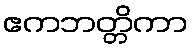
ဧကဘတ္တိကာ